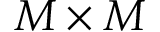
M \times M